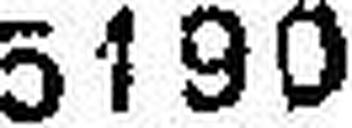
5190